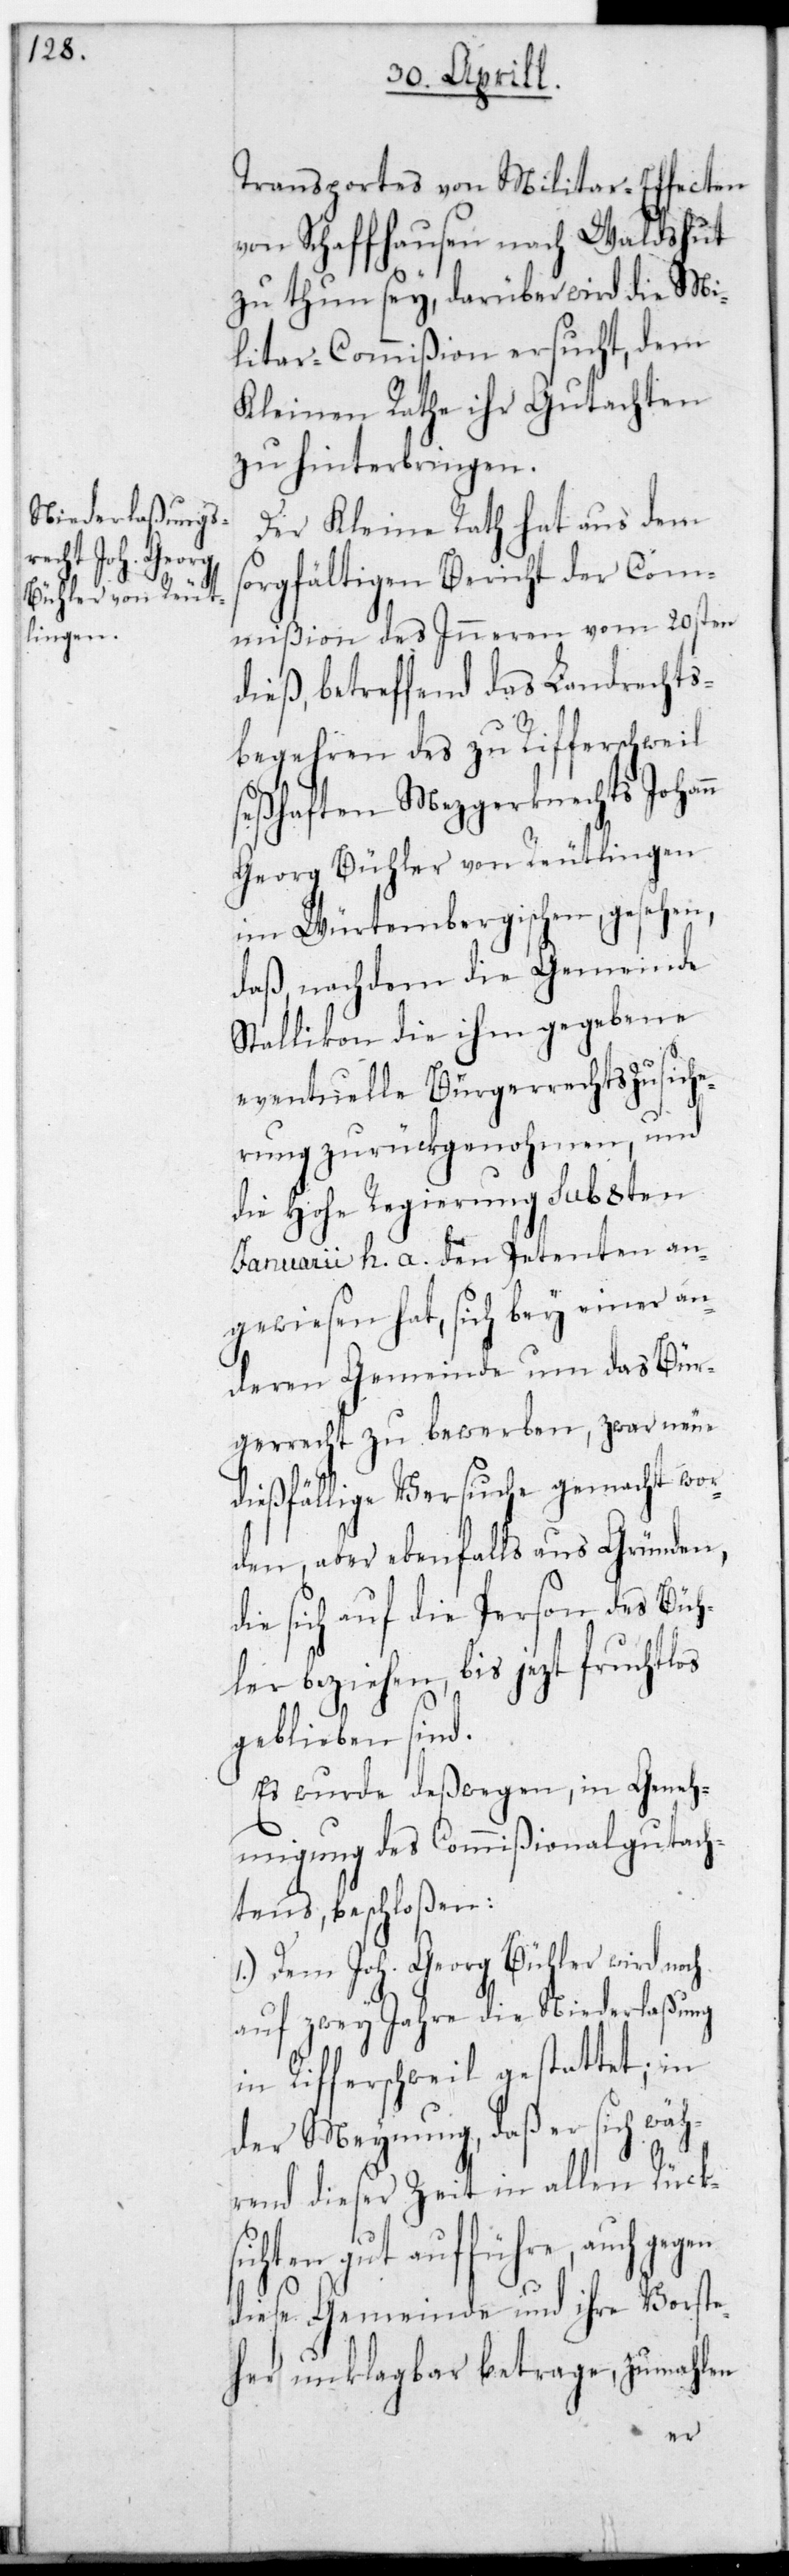
Transportes von Militar-Effecten
von Schaffhausen nach Waldshut
zu thun sey, darüber wird die Mi¬
litar-Commißion ersucht, dem
Kleinen Rathe ihr Gutachten
zu hinterbringen.
Der Kleine Rath hat aus dem
sorgfältigen Bericht der Com¬
mißion des Inneren vom 20sten
dieß, betreffend das Landrechts¬
begehren des zu Rifferschweil
seßhaften Metzgerknechts Johann
Gerog Bühler von Reutlingen
im Würtembergischen, gesehen,
daß nachdem die Gemeinde
Stallikon die ihm gegebene
eventuelle Bürgerrechts-Zusiche¬
rung zurückgenohmen, und
die Hohe Regierung sub 8ten
Januarii h. a. den Petenten an¬
gewiesen hat, sich bey einer an¬
deren Gemeinde um das Bür¬
gerrecht zu bewerben, zwar neue
dießfällige Versuche gemacht wor¬
den, aber ebenfalls aus Gründen,
die sich auf die Person des Büh¬
ler beziehen, bis jetzt fruchtlos
geblieben sind.
Es wurde deßwegen, in Geneh¬
migung des Commißionalgutach¬
tens beschloßen:
1.) Dem Joh. Georg Bühler wird noch
auf zwey Jahre die Niederlaßung
in Rifferschweil gestattet; in
der Meynung, das er sich wäh¬
rend dieser Zeit in allen Rück¬
sichten gut aufführe, auch gegen
diese Gemeinde und ihre Vorste¬
her unklagbar betrage, zumahlen